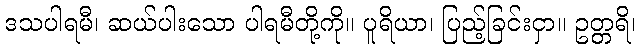
ဒသပါရမီ၊ ဆယ်ပါးသော ပါရမီတို့ကို။ ပူရိယာ၊ ပြည့်ခြင်းငှာ။ ဥတ္တရိ၊